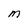
Character: M